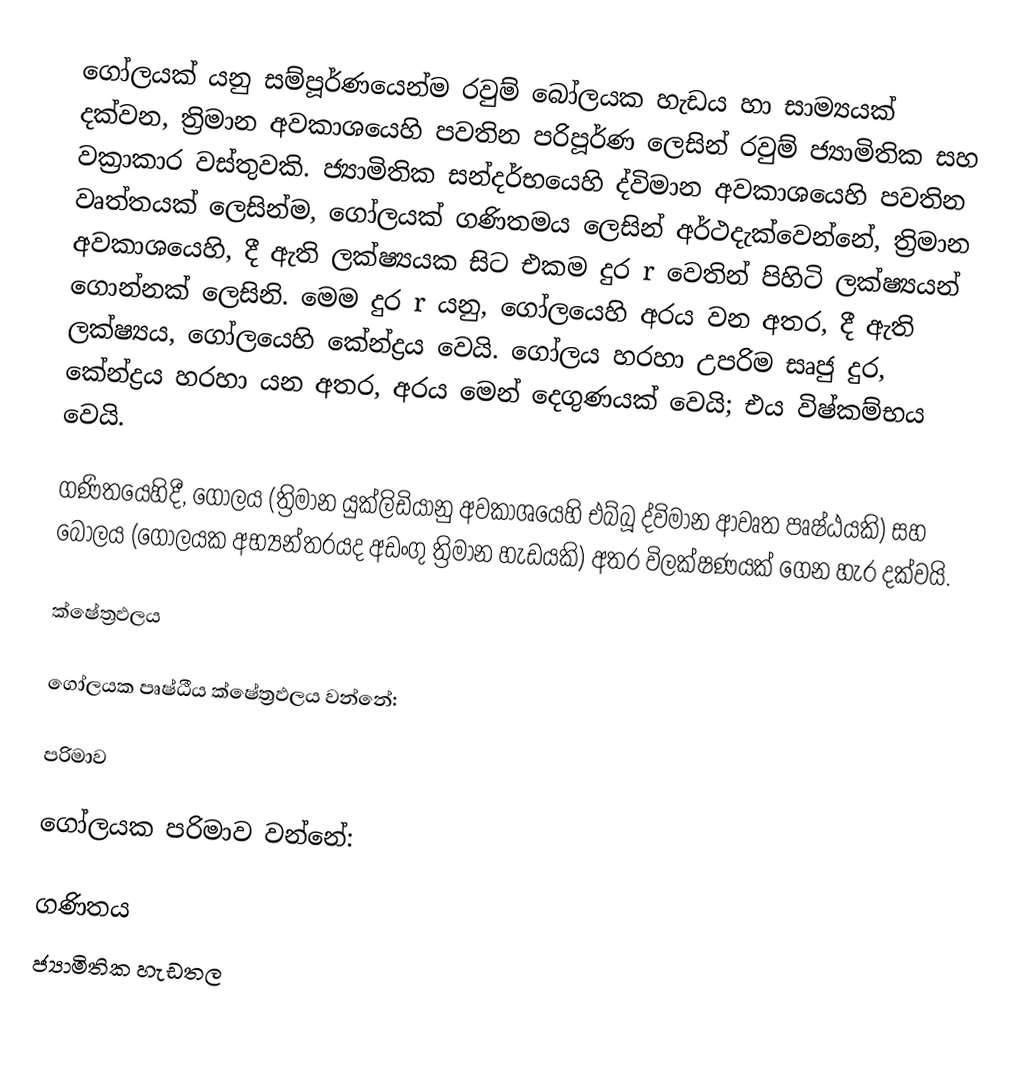
ගෝලයක් යනු සම්පූර්ණයෙන්ම රවුම් බෝලයක හැඩය හා සාම්‍යයක් දක්වන, ත්‍රිමාන අවකාශයෙහි පවතින පරිපූර්ණ ලෙසින් රවුම් ජ්‍යාමිතික සහ වක්‍රාකාර වස්තුවකි. ජ්‍යාමිතික සන්දර්භයෙහි ද්විමාන අවකාශයෙහි පවතින වෘත්තයක් ලෙසින්ම, ගෝලයක් ගණිතමය ලෙසින් අර්ථදැක්වෙන්නේ, ත්‍රිමාන අවකාශයෙහි,  දී ඇති ලක්ෂ්‍යයක සිට එකම දුර r වෙතින් පිහිටි ලක්ෂ්‍යයන් ගොන්නක් ලෙසිනි. මෙම දුර r යනු,  ගෝලයෙහි අරය වන අතර, දී ඇති ලක්ෂ්‍යය, ගෝලයෙහි  කේන්ද්‍රය වෙයි. ගෝලය හරහා  උපරිම සෘජු දුර, කේන්ද්‍රය හරහා යන අතර, අරය මෙන් දෙගුණයක් වෙයි; එය විෂ්කම්භය වෙයි.

ගණිතයෙහිදී, ගෝලය  (ත්‍රිමාන  යුක්ලිඩියානු අවකාශයෙහි එබ්බූ ද්විමාන ආවෘත පෘෂ්ඨයකි) සහ බෝලය (ගෝලයක අභ්‍යන්තරයද අඩංගු ත්‍රිමාන හැඩයකි) අතර විලක්ෂණයක් ගෙන හැර දක්වයි.

ක්ෂේත්‍රඵලය

ගෝලයක  පෘෂ්ඨීය ක්ෂේත්‍රඵලය වන්නේ:

පරිමාව

ගෝලයක පරිමාව වන්නේ:

ගණිතය​
ජ්‍යාමිතික හැඩතල​